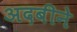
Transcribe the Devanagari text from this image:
अदबीने